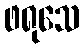
ဖရုသေ